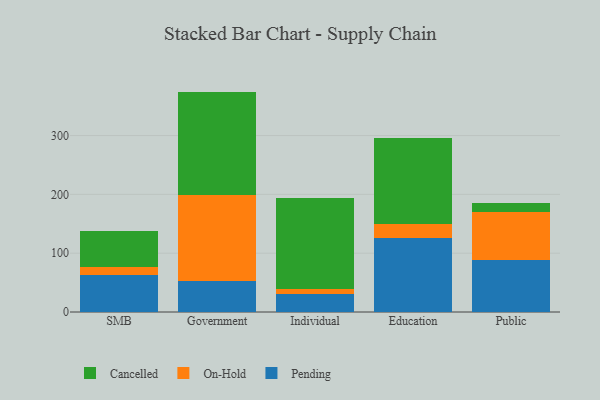
{"axis": {"x": "Segment", "y": "Energy Usage (MWh)"}, "legend": ["Cancelled", "On-Hold", "Pending"], "data": [{"x": "SMB", "y": 62.4, "type": "Pending"}, {"x": "SMB", "y": 14.4, "type": "On-Hold"}, {"x": "SMB", "y": 60.3, "type": "Cancelled"}, {"x": "Government", "y": 53.3, "type": "Pending"}, {"x": "Government", "y": 146.4, "type": "On-Hold"}, {"x": "Government", "y": 175.0, "type": "Cancelled"}, {"x": "Individual", "y": 30.4, "type": "Pending"}, {"x": "Individual", "y": 8.7, "type": "On-Hold"}, {"x": "Individual", "y": 155.5, "type": "Cancelled"}, {"x": "Education", "y": 125.6, "type": "Pending"}, {"x": "Education", "y": 24.5, "type": "On-Hold"}, {"x": "Education", "y": 146.0, "type": "Cancelled"}, {"x": "Public", "y": 87.9, "type": "Pending"}, {"x": "Public", "y": 82.1, "type": "On-Hold"}, {"x": "Public", "y": 14.9, "type": "Cancelled"}]}